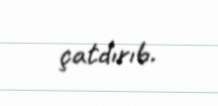
çatdırıb.